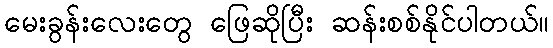
မေးခွန်းလေးတွေ ဖြေဆိုပြီး ဆန်းစစ်နိုင်ပါတယ်။